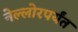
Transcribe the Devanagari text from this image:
नेल्लोरपर्यंत